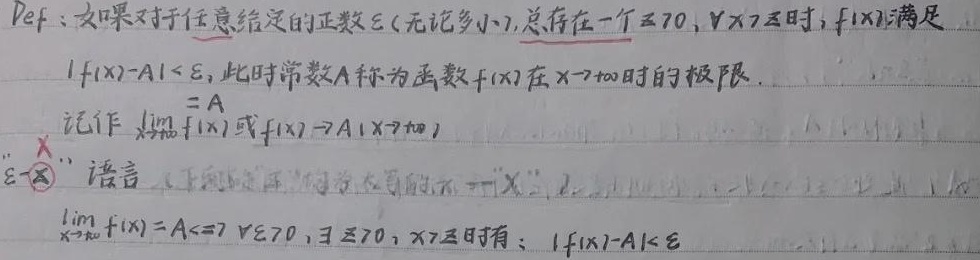
Def: 如果对于任意给定的正数\(\varepsilon\)（无论多小），总存在一个\(X\geq0\)，当\(\forall x > X\)时，\(f(x)\)满足\(|f(x)-A|<\varepsilon\)，此时常数\(A\)称为函数\(f(x)\)在\(x\rightarrow+\infty\)时的极限。记作\(\lim\limits_{x\rightarrow+\infty}f(x)=A\)或\(f(x)\rightarrow A(x\rightarrow+\infty)\)。
“\(\varepsilon - X\)”语言：\(\lim\limits_{x\rightarrow+\infty}f(x)=A\Leftrightarrow\forall\varepsilon > 0,\exists X\geq0\)，当\(x > X\)时有：\(|f(x)-A|<\varepsilon\)